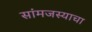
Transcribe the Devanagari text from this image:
सांमजस्याचा